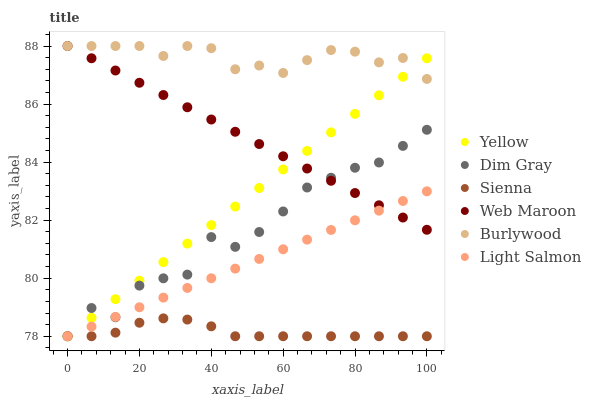
| xaxis_label | Yellow | Dim Gray | Sienna | Web Maroon | Burlywood | Light Salmon |
 | --- | --- | --- | --- | --- | --- | --- |
 | 0 | 78 | 78 | 78 | 88 | 88 | 78 |
 | 6.67 | 78.6 | 79 | 78 | 87.6 | 88 | 78.3 |
 | 13.3 | 79.3 | 78.7 | 78.1 | 87.2 | 88 | 78.7 |
 | 20 | 79.9 | 79.7 | 78.5 | 86.7 | 88 | 79 |
 | 26.7 | 80.6 | 80 | 78.6 | 86.3 | 87.7 | 79.3 |
 | 33.3 | 81.2 | 80.1 | 78.6 | 85.9 | 88 | 79.7 |
 | 40 | 81.8 | 81.4 | 78.3 | 85.5 | 87.9 | 80 |
 | 46.7 | 82.5 | 81.1 | 78 | 85 | 87.2 | 80.3 |
 | 53.3 | 83.1 | 81.6 | 78 | 84.6 | 87.3 | 80.7 |
 | 60 | 83.7 | 82.3 | 78 | 84.2 | 87.1 | 81 |
 | 66.7 | 84.4 | 83.1 | 78 | 83.8 | 87.5 | 81.3 |
 | 73.3 | 85 | 83.5 | 78 | 83.4 | 87.9 | 81.7 |
 | 80 | 85.7 | 83.8 | 78 | 82.9 | 87.8 | 82 |
 | 86.7 | 86.3 | 84 | 78 | 82.5 | 87.4 | 82.3 |
 | 93.3 | 86.9 | 84.6 | 78 | 82.1 | 87.6 | 82.7 |
 | 100 | 87.6 | 85.1 | 78 | 81.7 | 86.9 | 83 |